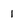
Character: 1